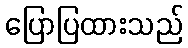
ပြောပြထားသည်